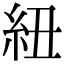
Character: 紐